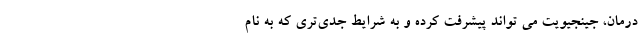
درمان، جینجیویت می تواند پیشرفت کرده و به شرایط جدی‌تری که به نام